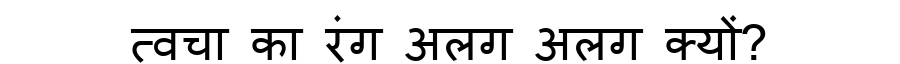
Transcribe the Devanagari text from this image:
त्वचा का रंग अलग अलग क्यों?